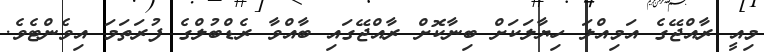
މިއީ ރާއްޖޭގެ އަމިއްލަ ހިޔާލަކަށް ބިނާކޮށް ރާއްޖޭގައި ބާއްވާ ރެޑްބުލްގެ ފުރަތަމަ އިވެންޓެވެ.